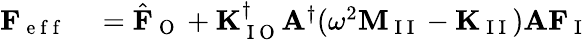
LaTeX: \begin{array}{rl}{\mathbf{F}_{\mathrm{~e~f~f~}}}&{{}=\hat{\mathbf{F}}_{\mathrm{~O~}}+\mathbf{K}_{\mathrm{~I~O~}}^{\dagger}\mathbf{A}^{\dagger}(\omega^{2}\mathbf{M}_{\mathrm{~I~I~}}-\mathbf{K}_{\mathrm{~I~I~}})\mathbf{A}\mathbf{F}_{\mathrm{~I~}}}\end{array}